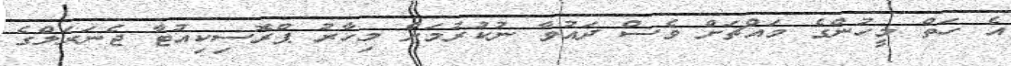
އެ ހަތް މީހުންގެ މައްޗަށް ވެސް ދައުވާ ނުކުރުމަށް މިހާރު ޕްރޮސިކިއުޓާ ޖެނަރަލްގެ